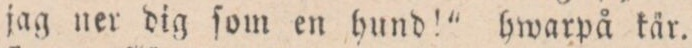
jag ner dig ſom en hund!” hwarpå kär.